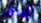
الهتاف